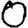
Digit: 0